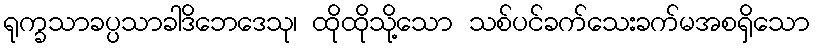
ရုက္ခသာခပ္ပသာခါဒိဘေဒေသု၊ ထိုထိုသို့သော သစ်ပင်ခက်သေးခက်မအစရှိသော